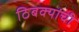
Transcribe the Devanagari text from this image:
ठिबक्यांची